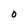
Character: O